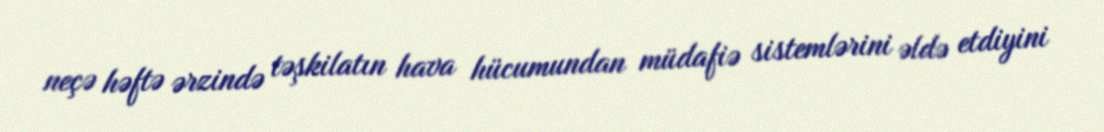
neçə həftə ərzində təşkilatın hava hücumundan müdafiə sistemlərini əldə etdiyini